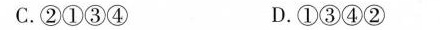
C.②①③④ D.①③④②